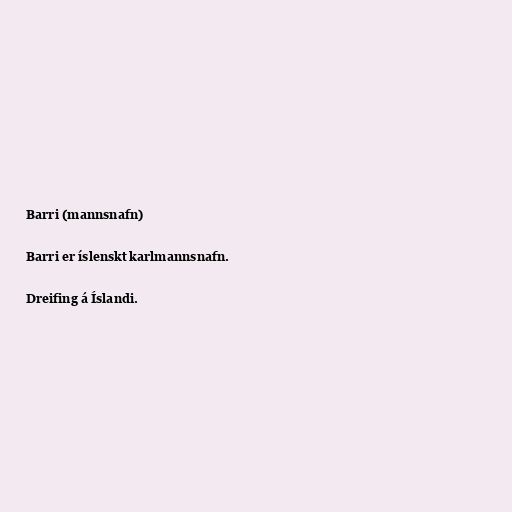
Barri (mannsnafn)

Barri er íslenskt karlmannsnafn.

Dreifing á Íslandi.